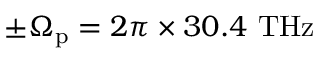
\pm \Omega _ { \mathrm { p } } = 2 \pi \times 3 0 . 4 ~ \mathrm { T H z }